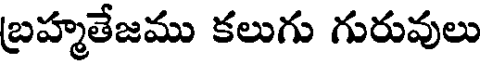
బ్రహ్మతేజము కలుగు గురువులు